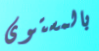
بالمستوى